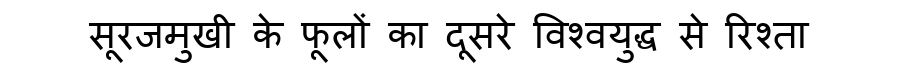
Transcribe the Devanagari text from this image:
सूरजमुखी के फूलों का दूसरे विश्वयुद्ध से रिश्ता